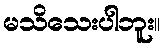
မသိသေးပါဘူး။